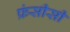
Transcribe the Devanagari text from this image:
फ्रंसीसी